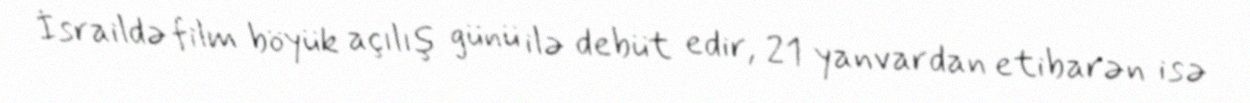
İsraildə film böyük açılış günü ilə debüt edir, 21 yanvardan etibarən isə